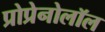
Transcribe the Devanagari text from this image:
प्रोप्रेनोलॉल